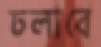
ঢলাবে